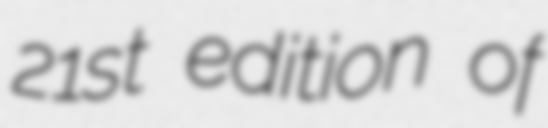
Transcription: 21st edition of